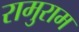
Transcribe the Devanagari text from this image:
रामुराम